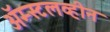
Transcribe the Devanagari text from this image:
ॲम्स्टलव्हीन